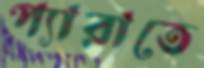
প্যারাতে